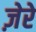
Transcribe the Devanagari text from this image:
ज़ेरे